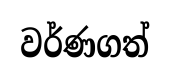
වර්ණගත්